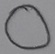
Text: O